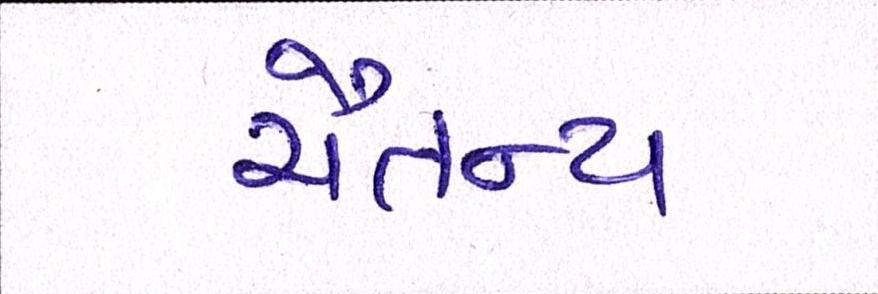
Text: ચૈતન્ય